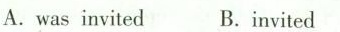
A. was invited B. invited